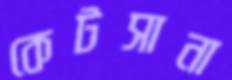
কেটসানা